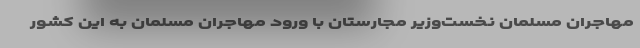
مهاجران مسلمان نخست‌وزیر مجارستان با ورود مهاجران مسلمان به این کشور